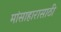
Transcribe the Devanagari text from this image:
मांसाहारासाठी